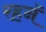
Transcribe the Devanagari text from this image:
रहनॅ